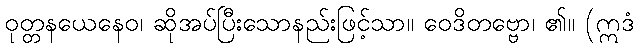
ဝုတ္တနယေနေဝ၊ ဆိုအပ်ပြီးသောနည်းဖြင့်သာ။ ဝေဒိတဗ္ဗော၊ ၏။ (ဣဒံ